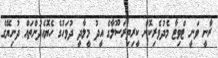
ރާނީ ވަނީ ޓްވިޓާ މެދުވެރިކޮށް ކީރިތިރަސޫލާގެ އީދު މީލާދީ ދުވަހުގެ ހެޔޮއެދުންތައް ދުނިޔޭގެ